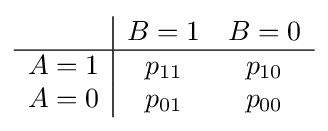
{\begin{array}{c|cc}&B=1&B=0\\\hline A=1&p_{11}&p_{10}\\A=0&p_{01}&p_{00}\end{array}}